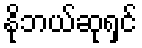
နိုဘယ်ဆုရှင်